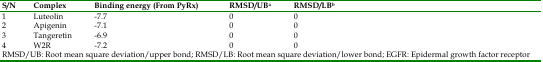
<table><thead><tr><td><b>S/N</b></td><td><b>Complex</b></td><td><b>Binding energy (From PyRx)</b></td><td><b>RMSD/UBa</b></td><td><b>RMSD/LBb</b></td></tr></thead><tbody><tr><td>1</td><td>Luteolin</td><td>-7.7</td><td>0</td><td>0</td></tr><tr><td>2</td><td>Apigenin</td><td>-7.1</td><td>0</td><td>0</td></tr><tr><td>3</td><td>Tangeretin</td><td>-6.9</td><td>0</td><td>0</td></tr><tr><td>4</td><td>W2R</td><td>-7.2</td><td>0</td><td>0</td></tr><tr><td colspan="5">RMSD/UB: Root mean square deviation/upper bond; RMSD/LB: Root mean square deviation/lower bond; EGFR: Epidermal growth factor receptor</td></tr></tbody></table>